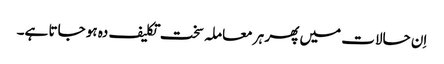
اِن حالات میں پھر ہر معاملہ سخت تکلیف دہ ہو جاتا ہے۔